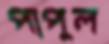
পাপুল